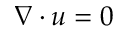
\nabla \cdot u = 0